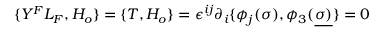
\{ Y ^ { F } L _ { F } , { \cal H } _ { o } \} = \{ T , { \cal H } _ { o } \} = \epsilon ^ { i j } \partial _ { i } \{ \phi _ { j } ( \sigma ) , \phi _ { 3 } ( \underline { { { \sigma ) } } } \} = 0